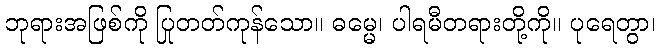
ဘုရားအဖြစ်ကို ပြုတတ်ကုန်သော။ ဓမ္မေ၊ ပါရမီတရားတို့ကို။ ပုရေတွာ၊